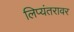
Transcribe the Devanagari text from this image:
लिप्यंतरावर